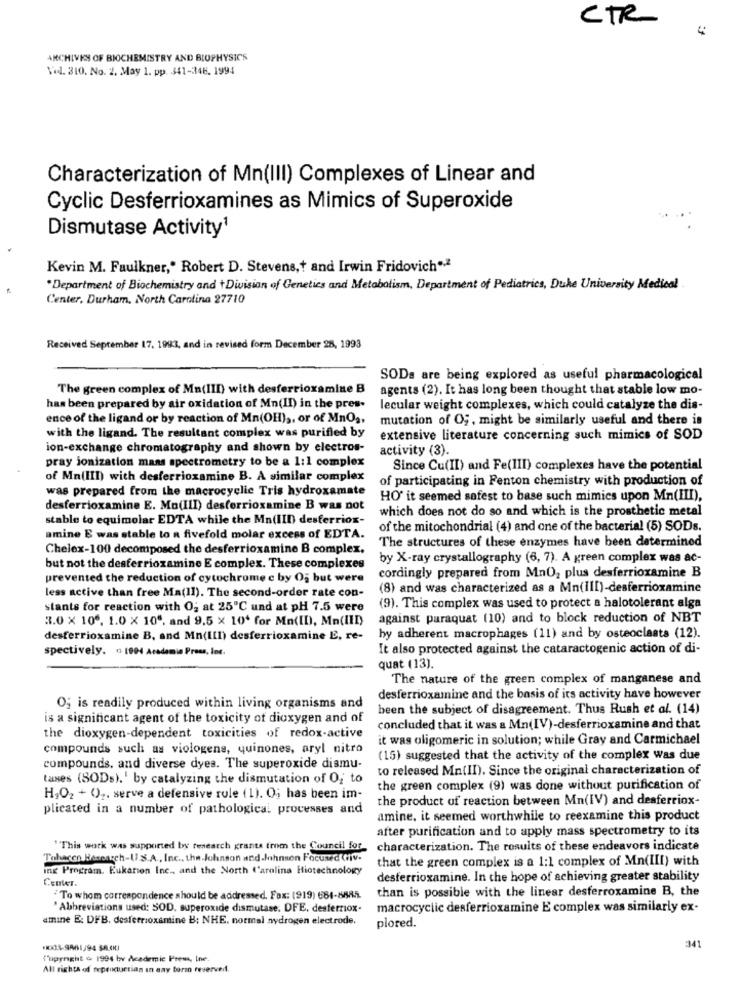
CTR
ARCHIVES OF BIOCHEMISTRY AND BIOPHYSICS
Vol. 310. No. 2. May 1. pp. 341-346. 1994
Characterization of Mn(III) Complexes of Linear and
Cyclic Desferrioxamines as Mimics of Superoxide
Dismutase Activity1
Kevin M. Faulkner," Robert D. Stevens,t and Irwin Fridovich" .*
*Department of Biochemistry and tDivision of Genetics and Metabolism, Department of Pediatrics, Duke University Medical .
Center. Durham, North Carolina 27710
Received September 17, 1993, and in revised form December 28, 1993
SODs are being explored as useful pharmacological
The green complex of Mn(III) with desferrioxamine B
agents (2). It has long been thought that stable low mo-
has been prepared by air oxidation of Mn(II) in the pres-
lecular weight complexes, which could catalyze the dis-
ence of the ligand or by reaction of Mn(OH) ,, or of MnOs,
mutation of Og, might be similarly useful and there is
with the ligand. The resultant complex was purified by
extensive literature concerning such mimics of SOD
ion-exchange chromatography and shown by electros-
activity (3).
pray ionization mass spectrometry to be a 1:1 complex
Since Cu(II) and Fe(III) complexes have the potential
of Mn(III) with desferrioxamine B. A similar complex
of participating in Fenton chemistry with production of
was prepared from the macrocyclic Tris hydroxamate
HO' it seemed safest to base such mimics upon Mn(III),
desferrioxamine E. Mo(III) desferrioxamine B was not
which does not do so and which is the prosthetic metal
stable to equimolar EDTA while the Mn(III) desferriox-
of the mitochondrial (4) and one of the bacterial (5) SODs.
amine E was stable to a fivefold molar excess of EDTA.
The structures of these enzymes have been determined
Chelex-100 decomposed the desferrioxamine B complex.
by X-ray crystallography (6, 7). A green complex was ac-
but not the desferrioxamine E complex. These complexes
cordingly prepared from MnO2 plus desferrioxamine B
prevented the reduction of cytochrome c by Og but were
less active than free Ma(II). The second-order rate con-
(8) and was characterized as a Mn(III)-desferrioxamine
stants for reaction with O; at 25℃ und at pH 7.5 were
(9). This complex was used to protect a halotolerant alga
3.0 × 100. 1.0 × 10", and 9,5 x 10' for Mn(ID), Mn(III)
against paraquat (10) and to block reduction of NBT
desferrioxamine B, and Mn(III) desferrioxamine E, re-
by adherent macrophages (11) and by osteoclasts (12).
spectively. - 1904 Academia Press, Inc.
It also protected against the cataractogenic action of di-
quat (13).
The nature of the green complex of manganese and
desferrioxamine and the basis of its activity have however
O; is readily produced within living organisms and
been the subject of disagreement. Thus Rush et al. (14)
is a significant agent of the toxicity of dioxygen and of
concluded that it was a Mn(IV)-desferrioxamine and that
the dioxygen-dependent toxicities of redox-active
it was oligomeric in solution; while Gray and Carmichael
compounds such as viologens, quinones, aryl nitro
(15) suggested that the activity of the complex was due
compounds, and diverse dyes. The superoxide dismu-
to released Mn(II). Since the original characterization of
taxes (SODs).' by catalyzing the dismutation of O; to
the green complex (9) was done without purification of
H,O2 + O)2. serve a defensive rule (1). O; has been im-
the product of reaction between Mn(IV) and deaferriox-
plicated in a number of pathological processes and
amine, it seemed worthwhile to reexamine this product
after purification and to apply mass spectrometry to its
"This work was supported by research grants from the Council for
characterization. The results of these endeavors indicate
Tobacco Besearch-U.S.A ., Inc ., the Johnson and Johnson Focused Giv.
that the green complex is a 1:1 complex of Mn(III) with
ing Program. Eukarion Inc ., and the North Carolina Hictechnology
Center.
desferrioxamine. In the hope of achieving greater stability
than is possible with the linear desferroxamine B, the
To whom correspondence should be addressed. Fax: (919) 681-85/5.
" Abbreviations used: SOD. superoxide dismutase. DFE. desferriox-
macrocyclic desferrioxamine E complex was similarly ex-
amine E: DFB. desferrioxamine B: NHE. normal nydrogen electrode.
plored.
341
Tupynight & 1994 by Academic Press, Ine.
All rights of repenquetian in any form reververt.